Indian journal of veterinary science and animal husbandry - Volume 11,
Year: 1941
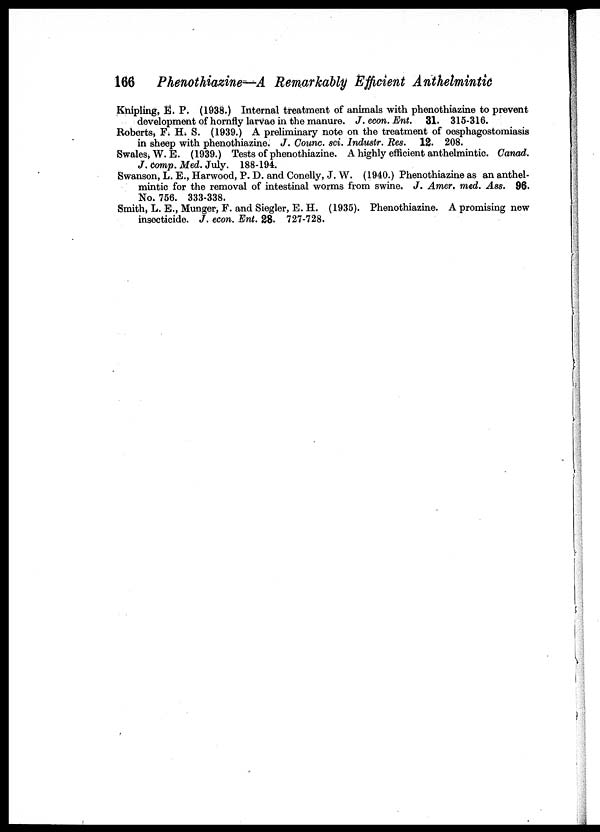
166 Phenothiazine—A Remarkably Efficient Anthelmintic
Khipling, E. P. (1938.) Internal treatment of animals with phenothiazine to prevent
development of hornfly larvae in the manure. J. econ. Ent.
31. 315-316.
Roberts, F. H. S. (1939.) A preliminary note on the treatment of oesphagostomiasis
in sheep with phenothiazine. J. Counc. sci. Industr. Res.
12. 208.
Swales, W. E. (1939.) Tests of phenothiazine. A highly efficient anthelmintic. Canad.
J. comp. Med. July. 188-194.
Swanson, L. E., Harwood, P. D. and Conelly, J. W. (1940.) Phenothiazine as an anthel-
mintic for the removal of intestinal worms from swine. J. Amer. med. Ass. 96.
No. 756. 333-338.
Smith, L. E., Munger, F. and Siegler, E. H. (1935). Phenothiazine. A promising new
insecticide. J. econ. Ent. 28. 727-728.